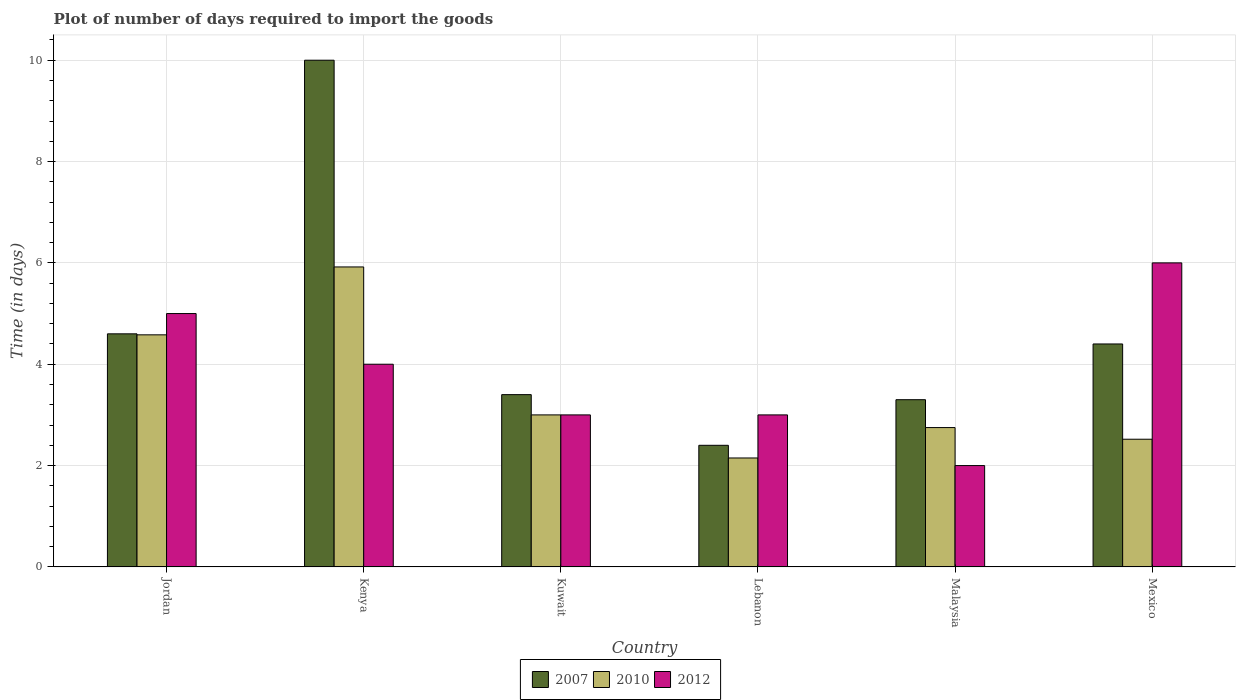
| Country | 2007 | 2010 | 2012 |
 | --- | --- | --- | --- |
 | Jordan | 4.6 | 4.58 | 5 |
 | Kenya | 10 | 5.92 | 4 |
 | Kuwait | 3.4 | 3 | 3 |
 | Lebanon | 2.4 | 2.15 | 3 |
 | Malaysia | 3.3 | 2.75 | 2 |
 | Mexico | 4.4 | 2.52 | 6 |